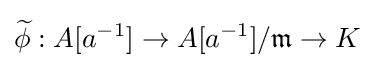
{\widetilde {\phi }}:A[a^{-1}]\to A[a^{-1}]/{\mathfrak {m}}\to K